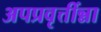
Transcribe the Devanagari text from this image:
अपप्रवृत्तींन्ना